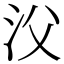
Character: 㳇